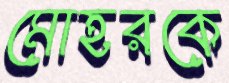
মোহরকে